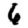
Digit: 6